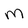
Character: M